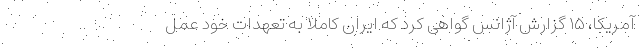
آمریکا، ۱۵ گزارش آژانس گواهی کرد که ایران کاملا به تعهدات خود عمل